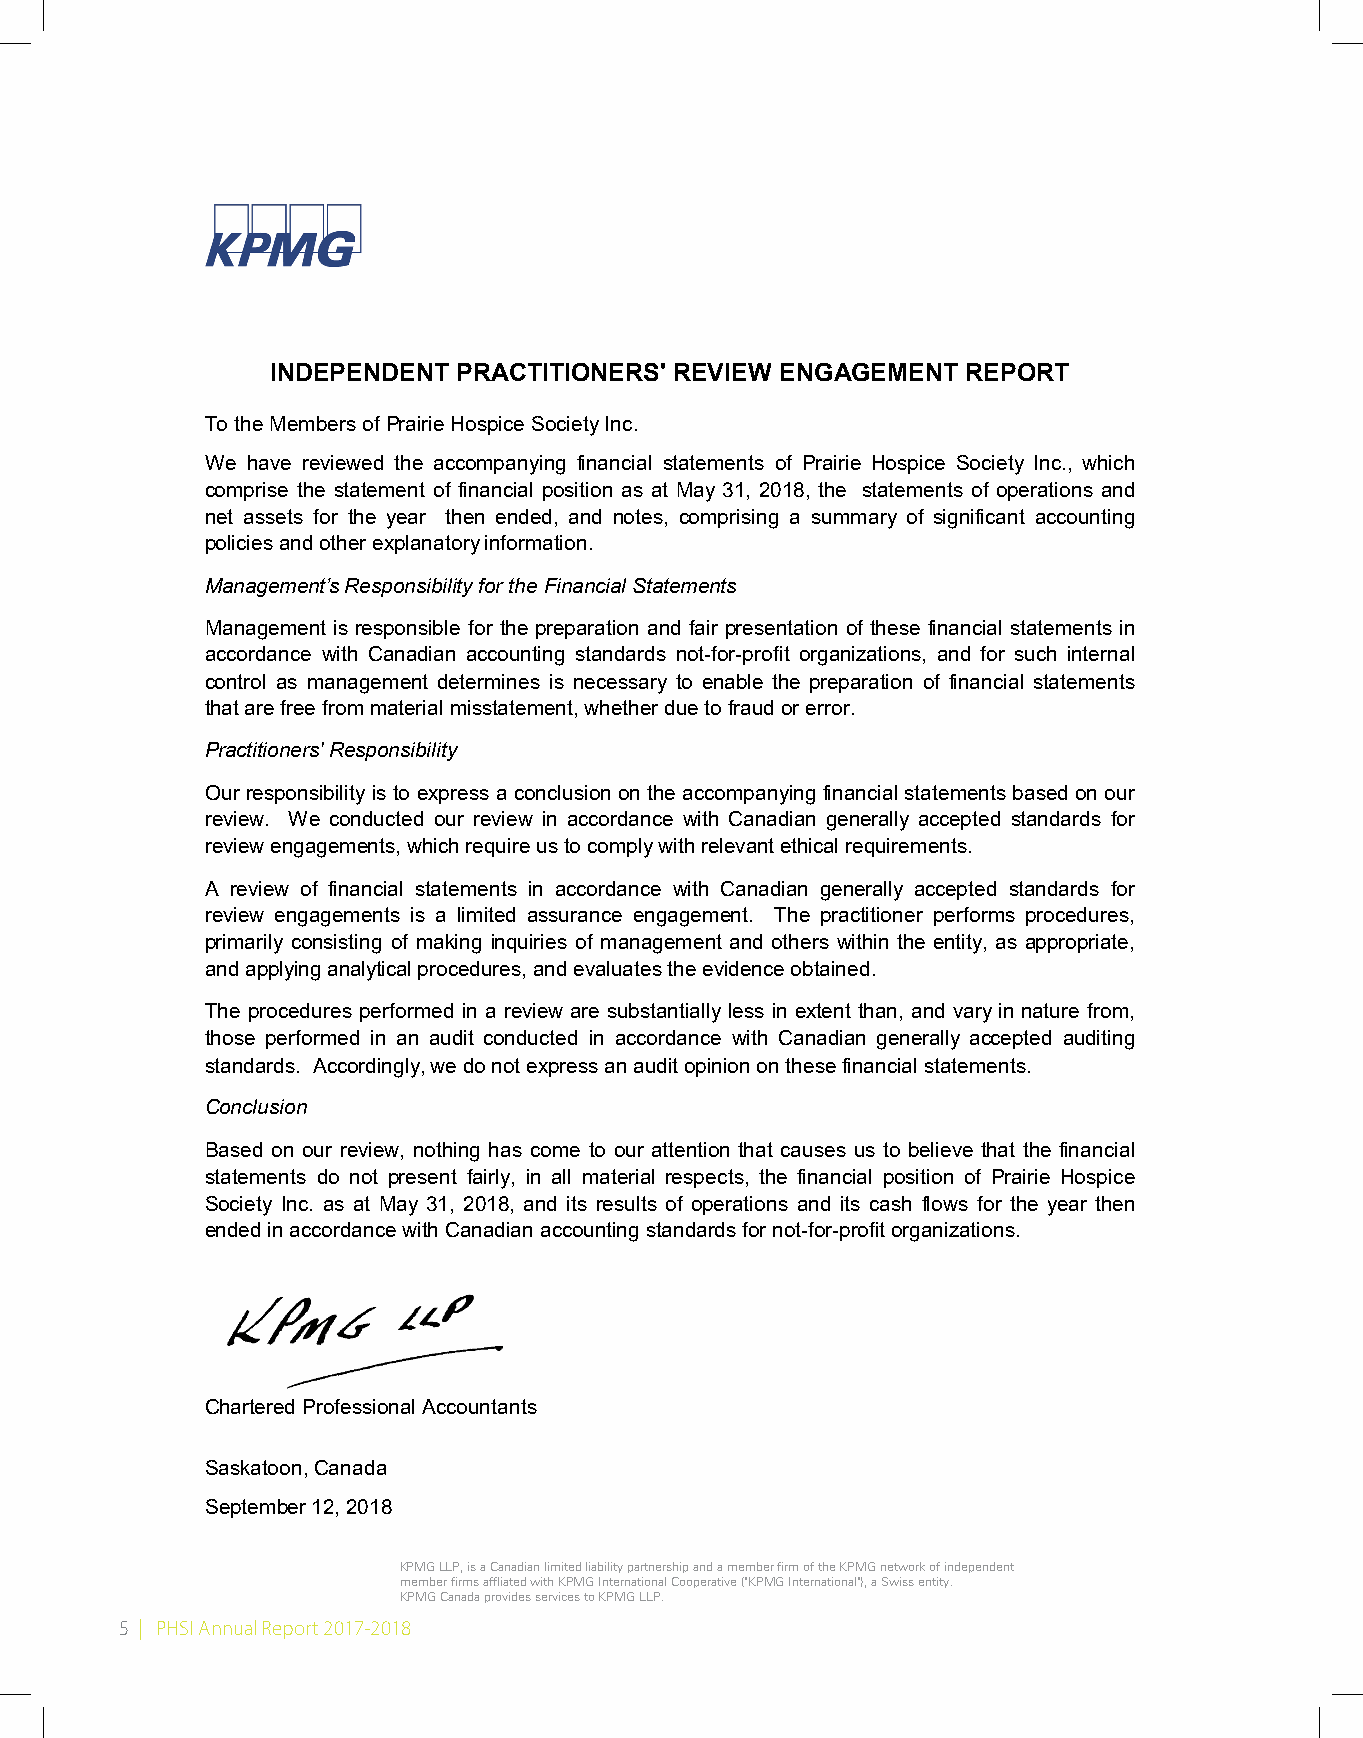
INDEPENDENT PRACTITIONERS' REVIEW ENGAGEMENT  REPORT
 To the Members of Prairie Hospice Society Inc.
 We have reviewed the accompanying financial statements of Prairie Hospice Society Inc., which
 comprise the statement of financial position as at May 31, 2018, the statements of operations and
 net assets for the year then ended, and notes, comprising a summary of significant accounting
 policies and other explanatory information.
 Management’s Responsibility for the Financial Statements
 Management is responsible for the preparation and fair presentation of these financial statements in
 accordance with Canadian accounting standards not-for-profit organizations, and for such internal
 control as management determines is necessary to enable the preparation of financial statements
 that are free from material misstatement, whether due to fraud or error.
 Practitioners' Responsibility
 Our responsibility is to express a conclusion on the accompanying financial statements based on our
 review. We conducted our review in accordance with Canadian generally accepted standards for
 review engagements, which require us to comply with relevant ethical requirements.
 A review of financial statements in accordance with Canadian generally accepted standards for
 review engagements is a limited assurance engagement. The practitioner performs procedures,
 primarily consisting of making inquiries of management and others within the entity, as appropriate,
 and applying analytical procedures, and evaluates the evidence obtained.
 The procedures performed in a review are substantially less in extent than, and vary in nature from,
 those performed in an audit conducted in accordance with Canadian generally accepted auditing
 standards. Accordingly, we do not express an audit opinion on these financial statements.
 Conclusion
 Based on our review, nothing has come to our attention that causes us to believe that the financial
 statements do not present fairly, in all material respects, the financial position of Prairie Hospice
 Society Inc. as at May 31, 2018, and its results of operations and its cash flows for the year then
 ended in accordance with Canadian accounting standards for not-for-profit organizations.
 Chartered Professional Accountants
 Saskatoon, Canada
 September 12, 2018
 KPMG LLP, is a Canadian limited liability partnership and a member firm of the KPMG network of independent
 member firms affliated with KPMG International Cooperative ("KPMG International"), a Swiss entity.
 KPMG Canada provides services to KPMG LLP.
 5 | PHSI Annual Report 2017-2018